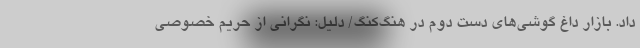
داد. بازار داغ گوشی‌های دست دوم در هنگ‌کنگ/ دلیل: نگرانی از حریم خصوصی